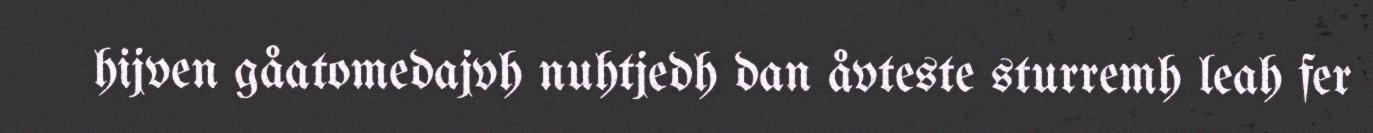
hijven gåatomedajvh nuhtjedh dan åvteste sturremh leah fer